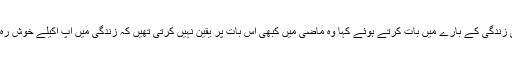
ایما نے اپنی زندگی کے بارے میں بات کرتے ہوئے کہا وہ ماضی میں کبھی اس بات پر یقین نہیں کرتی تھیں کہ زندگی میں آپ اکیلے خوش رہ سکتے ہیں۔